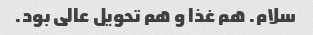
سلام. هم غذا و هم تحویل عالى بود.